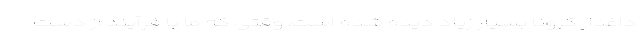
داغدار کرونا بسیار زیاد دیده شده است. وقتی که ما با فرآیند از دست